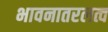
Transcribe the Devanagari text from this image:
भावनातरलत्व